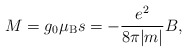
\begin{align*}M = g_0 \mu_{\rm B} s = - \frac{e^2}{8 \pi |m|} B, \end{align*}